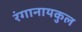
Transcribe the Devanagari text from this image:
रंगानायकुल